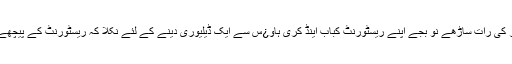
مقتول کے قریبی عزیز صابر سہیل نے بتایا کہ عرفان سندل چھ دسمبر کی رات ساڑھے نو بجے اپنے ریسٹورنٹ کباب اینڈ کری ہاو¿س سے ایک ڈیلیوری دینے کے لئے نکلا کہ ریسٹورنٹ کے پیچھے موجود نامعلوم افراد نے اسے روکا اور گولیاں مار کر فرار ہو گئے ۔